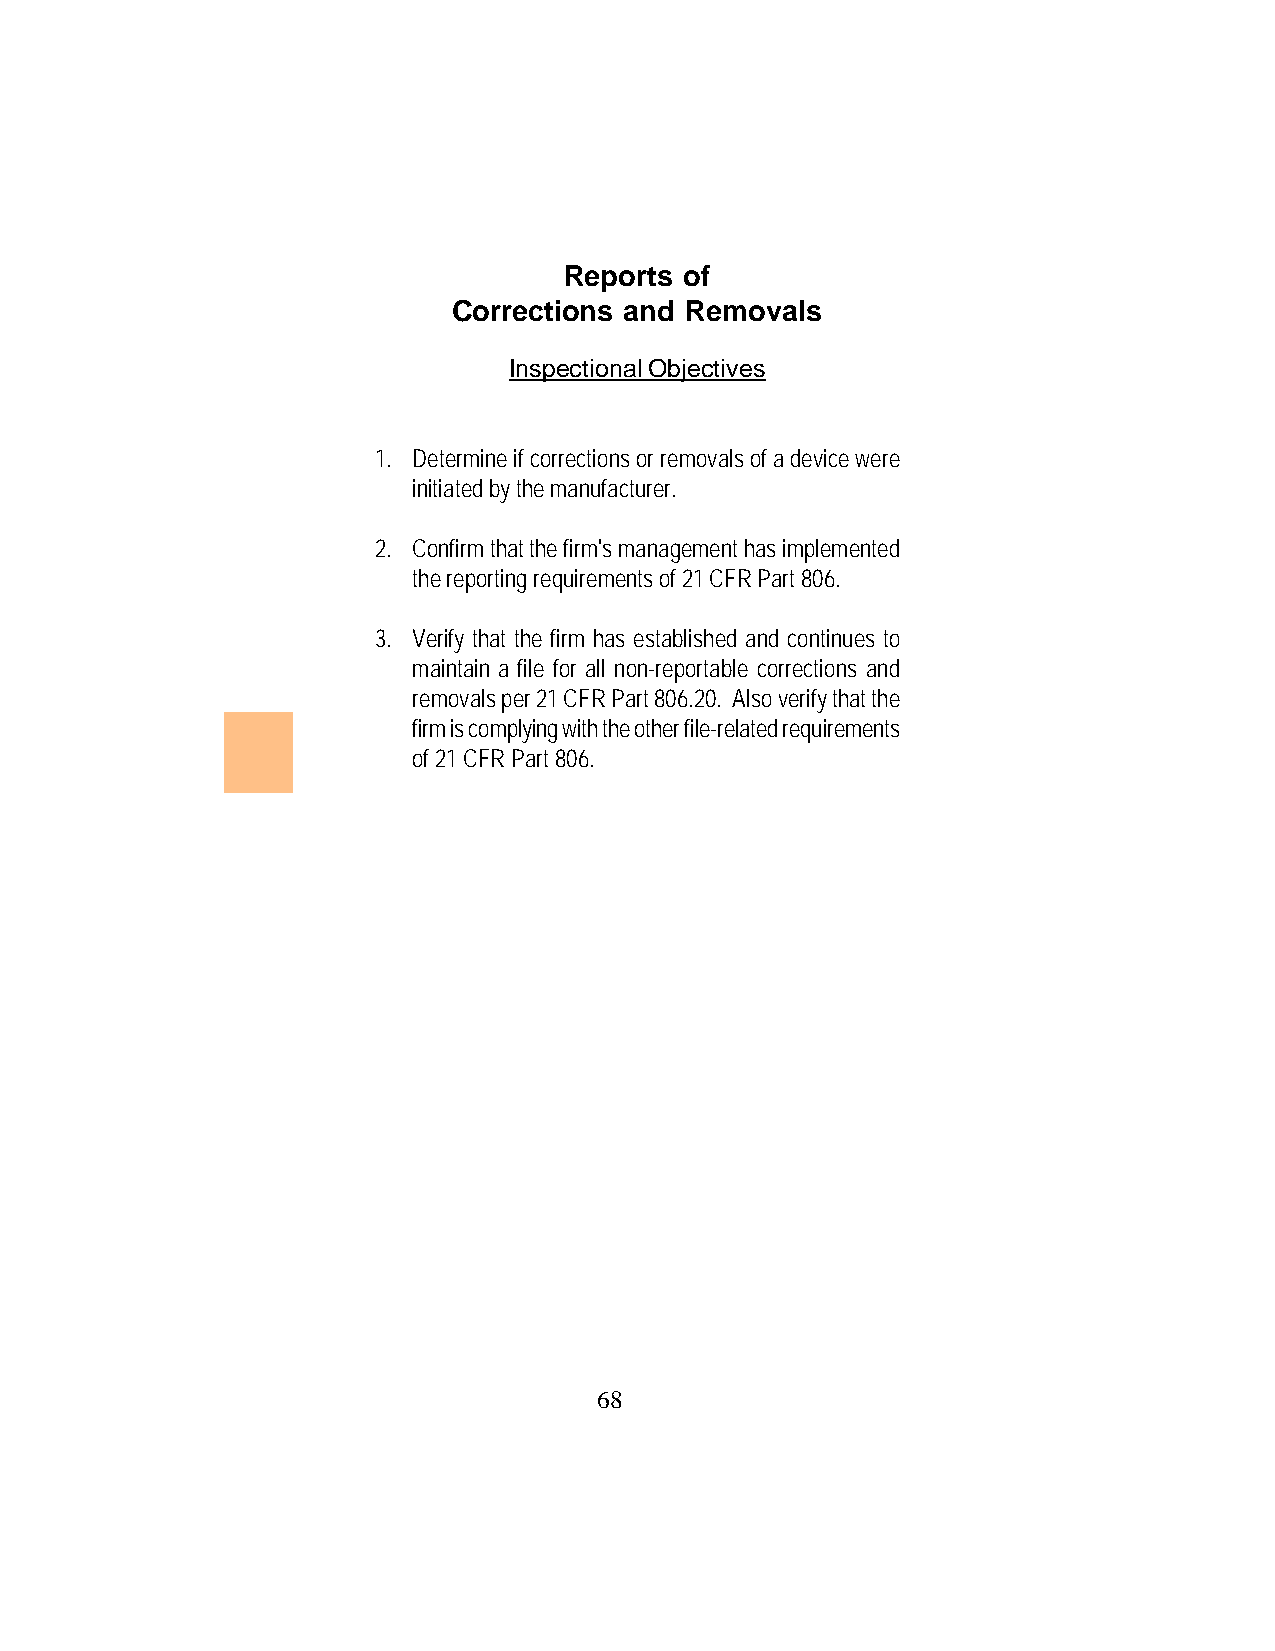
Reports of
 Corrections and Removals
 Inspectional Objectives
 1. Determine if corrections or removals of a device were
 initiated by the manufacturer.
 2. Confirm that the firm's management has implemented
 the reporting requirements of 21 CFR Part 806.
 3. Verify that the firm has established and continues to
 maintain a file for all non-reportable corrections and
 removals per 21 CFR Part 806.20. Also verify that the
 firm is complying with the other file-related requirements
 of 21 CFR Part 806.
 68